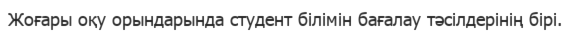
Жоғары оқу орындарында студент білімін бағалау тәсілдерінің бірі.